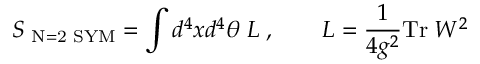
S _ { \mathrm { \scriptsize ~ N = 2 ~ S Y M } } = \int d ^ { 4 } x d ^ { 4 } \theta \; { \cal L } \; , \qquad { \cal L } = \frac { 1 } { 4 g ^ { 2 } } \mathrm { T r } \; W ^ { 2 }